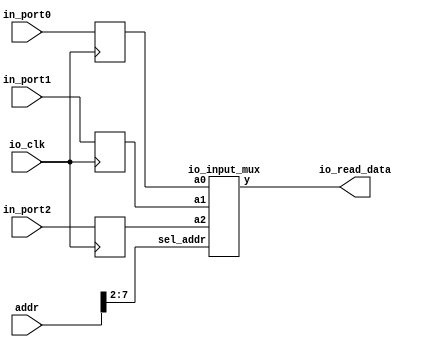
module io_input(
	addr, io_clk, io_read_data, in_port0, in_port1, in_port2
);

    input [31:0] addr;
    input io_clk;
    input [31:0] in_port0;
    input [31:0] in_port1;
    input [31:0] in_port2;
    output [31:0] io_read_data;

    reg [31:0] in_reg0;
    reg [31:0] in_reg1;
    reg [31:0] in_reg2;

    io_input_mux io_imput_mux2x32(in_reg0, in_reg1, in_reg2, addr[7:2], io_read_data);

    always @(posedge io_clk) begin
        in_reg0 <= in_port0;
        in_reg1 <= in_port1;
        in_reg2 <= in_port2;
    end

endmodule

module io_input_mux(
    input [31:0] a0,
    input [31:0] a1,
    input [31:0] a2,
    input [5:0] sel_addr,
    output reg [31:0] y
);

    always @* begin
        case (sel_addr)
            6'b100000: y = a0;  // in_port0 byte address 0x80
            6'b100001: y = a1;  // in_port1 byte address 0x84
            6'b100010: y = a2;  // in_port2 byte address 0x88
            default: y = 32'h0;
        endcase
    end

endmodule